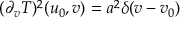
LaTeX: ( \partial _ { v } T ) ^ { 2 } ( u _ { 0 } , v ) = a ^ { 2 } \delta ( v - v _ { 0 } )